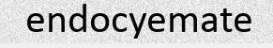
endocyemate